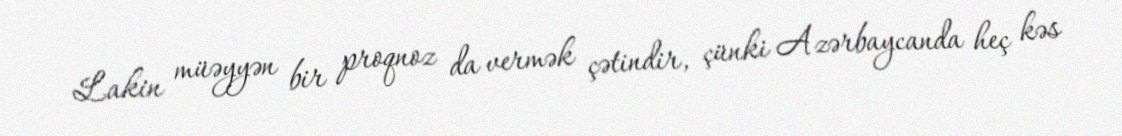
Lakin müəyyən bir proqnoz da vermək çətindir, çünki Azərbaycanda heç kəs